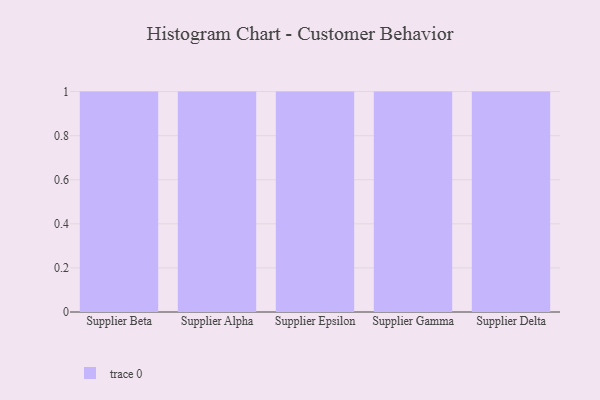
{"axis": {"x": "Supplier", "y": "Humidity (%)"}, "legend": [""], "data": [{"x": "Supplier Beta", "y": 87, "type": ""}, {"x": "Supplier Alpha", "y": 62, "type": ""}, {"x": "Supplier Epsilon", "y": 31, "type": ""}, {"x": "Supplier Gamma", "y": 8, "type": ""}, {"x": "Supplier Delta", "y": 63, "type": ""}]}